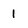
Character: 1